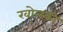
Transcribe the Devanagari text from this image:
खोलकी